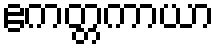
ဧကတ္တကာယာ